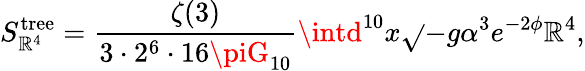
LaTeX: S_{\mathbb{R}^{4}}^{\mathrm{{tree}}}=\frac{{\zeta(3)}}{{3\cdot2^{6}\cdot16\piG_{10}}}\intd^{10}x\sqrt{}{{-g}}\alpha^{3}e^{-2\phi}\mathbb{R}^{4},